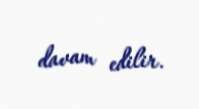
davam edilir.